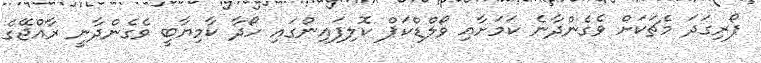
ފޯރިގަދަ މެޗަކަށް ވެގެންދާނެ ކަމަށާއި ވޯލްޑްކަޕް ކޮލިފައިންގައި ހޯދާ ކާމިޔާބީ ވެގެންދާނީ ރާއްޖޭގެ